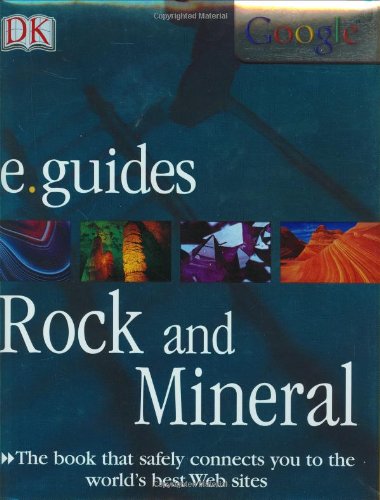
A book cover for Rocks and Minerals (DK/Google E.guides); Chris Oxlade; Children's Books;